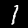
Digit: 1